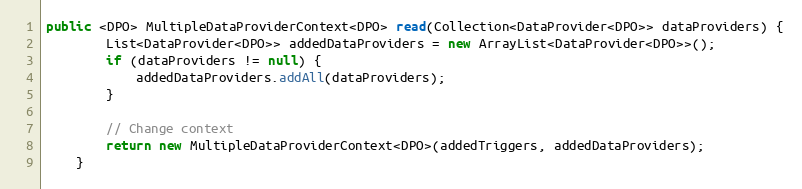
Language: Java
public <DPO> MultipleDataProviderContext<DPO> read(Collection<DataProvider<DPO>> dataProviders) {
        List<DataProvider<DPO>> addedDataProviders = new ArrayList<DataProvider<DPO>>();
        if (dataProviders != null) {
            addedDataProviders.addAll(dataProviders);
        }

        // Change context
        return new MultipleDataProviderContext<DPO>(addedTriggers, addedDataProviders);
    }